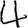
Digit: 4